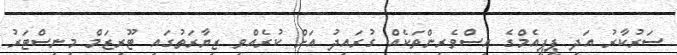
ސަރުކާރު އަދި ޕީޕީއެމްގެ އިސްވެރިންތަކެއް ގުރައިދު އަށް ކުރެއްވި ޒިޔާރަތުގައި ޓޫރިޒަމް މިނިސްޓަރު